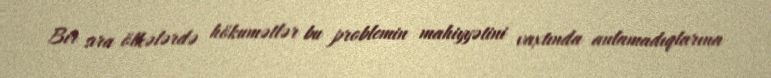
Bir sıra ölkələrdə hökumətlər bu problemin mahiyyətini vaxtında anlamadıqlarına